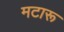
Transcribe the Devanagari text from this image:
मटारू